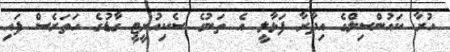
ހުރާ ކައުންސިލްގެ އިދާރާ ފަޅާލީ އެ ތަނުގެ ސެކިއުރީޓީ ގާޑުގެ ހަތަރެސް ފައި